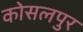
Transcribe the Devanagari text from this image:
कोसलपुर